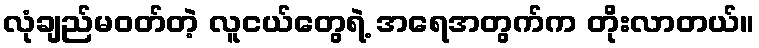
လုံချည်မဝတ်တဲ့ လူငယ်တွေရဲ့ အရေအတွက်က တိုးလာတယ်။